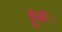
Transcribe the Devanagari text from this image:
हुअा।